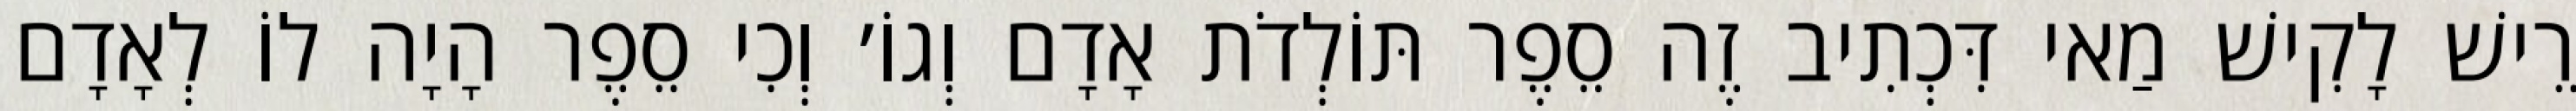
רֵישׁ לָקִישׁ מַאי דִּכְתִיב זֶה סֵפֶר תּוֹלְדֹת אָדָם וְגוֹ׳ וְכִי סֵפֶר הָיָה לוֹ לְאָדָם